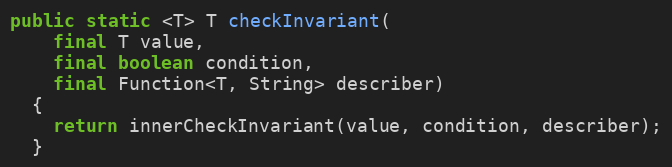
Language: Java
public static <T> T checkInvariant(
    final T value,
    final boolean condition,
    final Function<T, String> describer)
  {
    return innerCheckInvariant(value, condition, describer);
  }